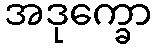
အဒုက္ခော